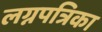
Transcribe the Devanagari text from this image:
लग्नपत्रिका